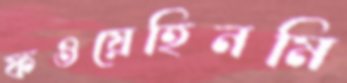
ফওয়েহিনমি